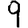
Digit: 9